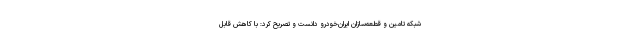
شبکه تامین و قطعه‌سازان ایران‌خودرو دانست و تصریح کرد:‌ با کاهش قابل